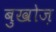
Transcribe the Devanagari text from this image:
बुखोज़